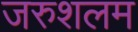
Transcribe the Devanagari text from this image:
जरुशलम